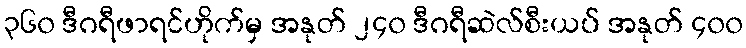
၃၆၀ ဒီဂရီဖာရင်ဟိုက်မှ အနုတ် ၂၄၀ ဒီဂရီဆဲလ်စီးယပ် အနုတ် ၄၀၀